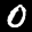
Label: 0